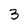
Character: 3